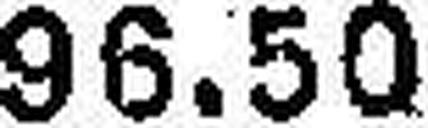
96.50